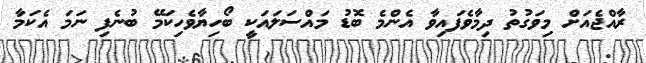
ރާއްޖެއަށް މިވަގުތު ދިމާވެފައިވާ އެންމެ ބޮޑު މައްސަލައަކީ ބޯހިޔާވެހިކަމޭ ބުނެފި ނަމަ އެކަމާ